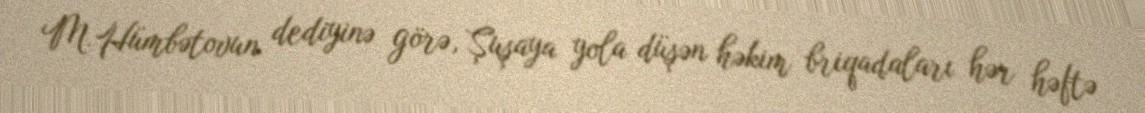
M.Hümbətovun dediyinə görə, Şuşaya yola düşən həkim briqadaları hər həftə